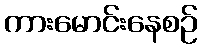
ကားမောင်းနေစဉ်